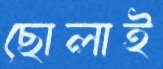
ছোলাই